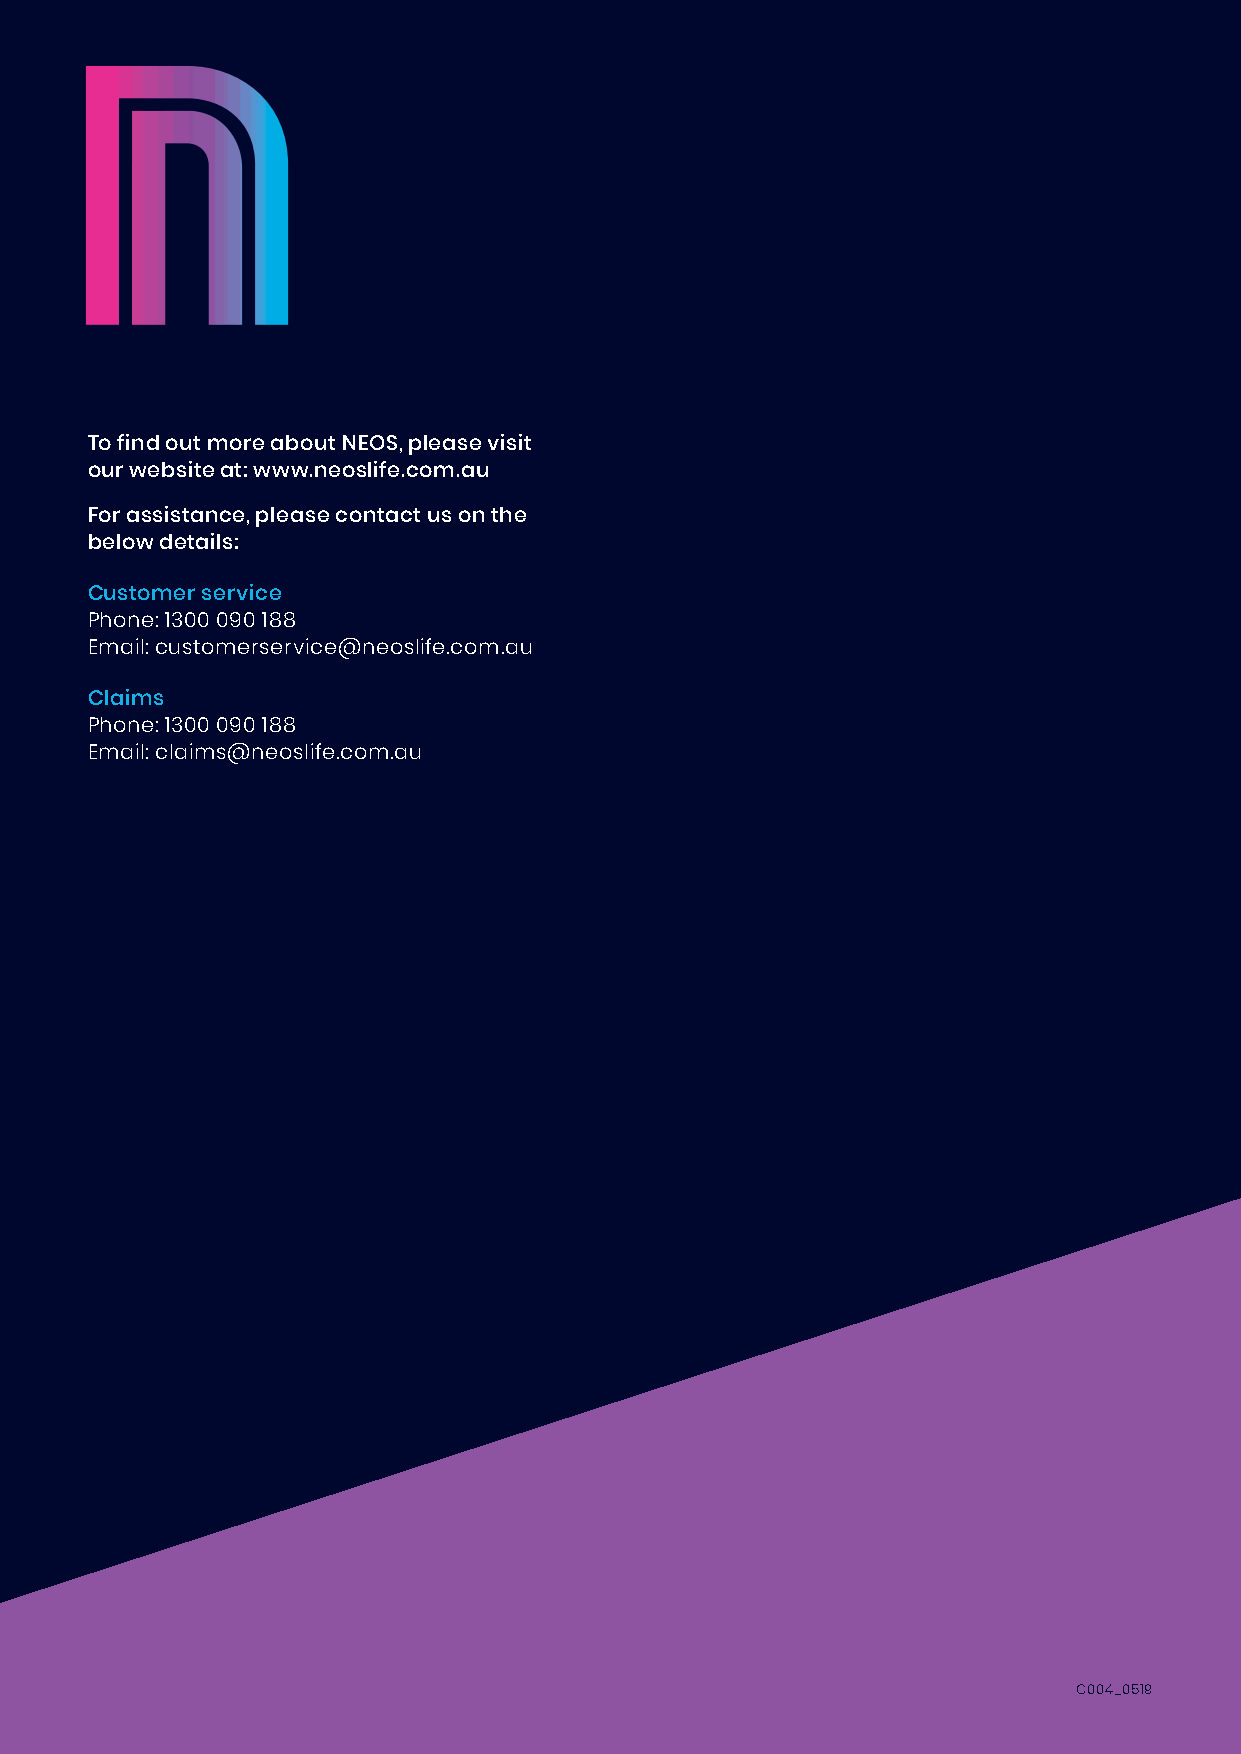
To find out more about NEOS, please visit
 our website at: www.neoslife.com.au
 For assistance, please contact us on the
 below details:
 Customer service
 Phone: 1300 090 188
 Email: customerservice@neoslife.com.au
 Claims
 Phone: 1300 090 188
 Email: claims@neoslife.com.au
 C004_0519